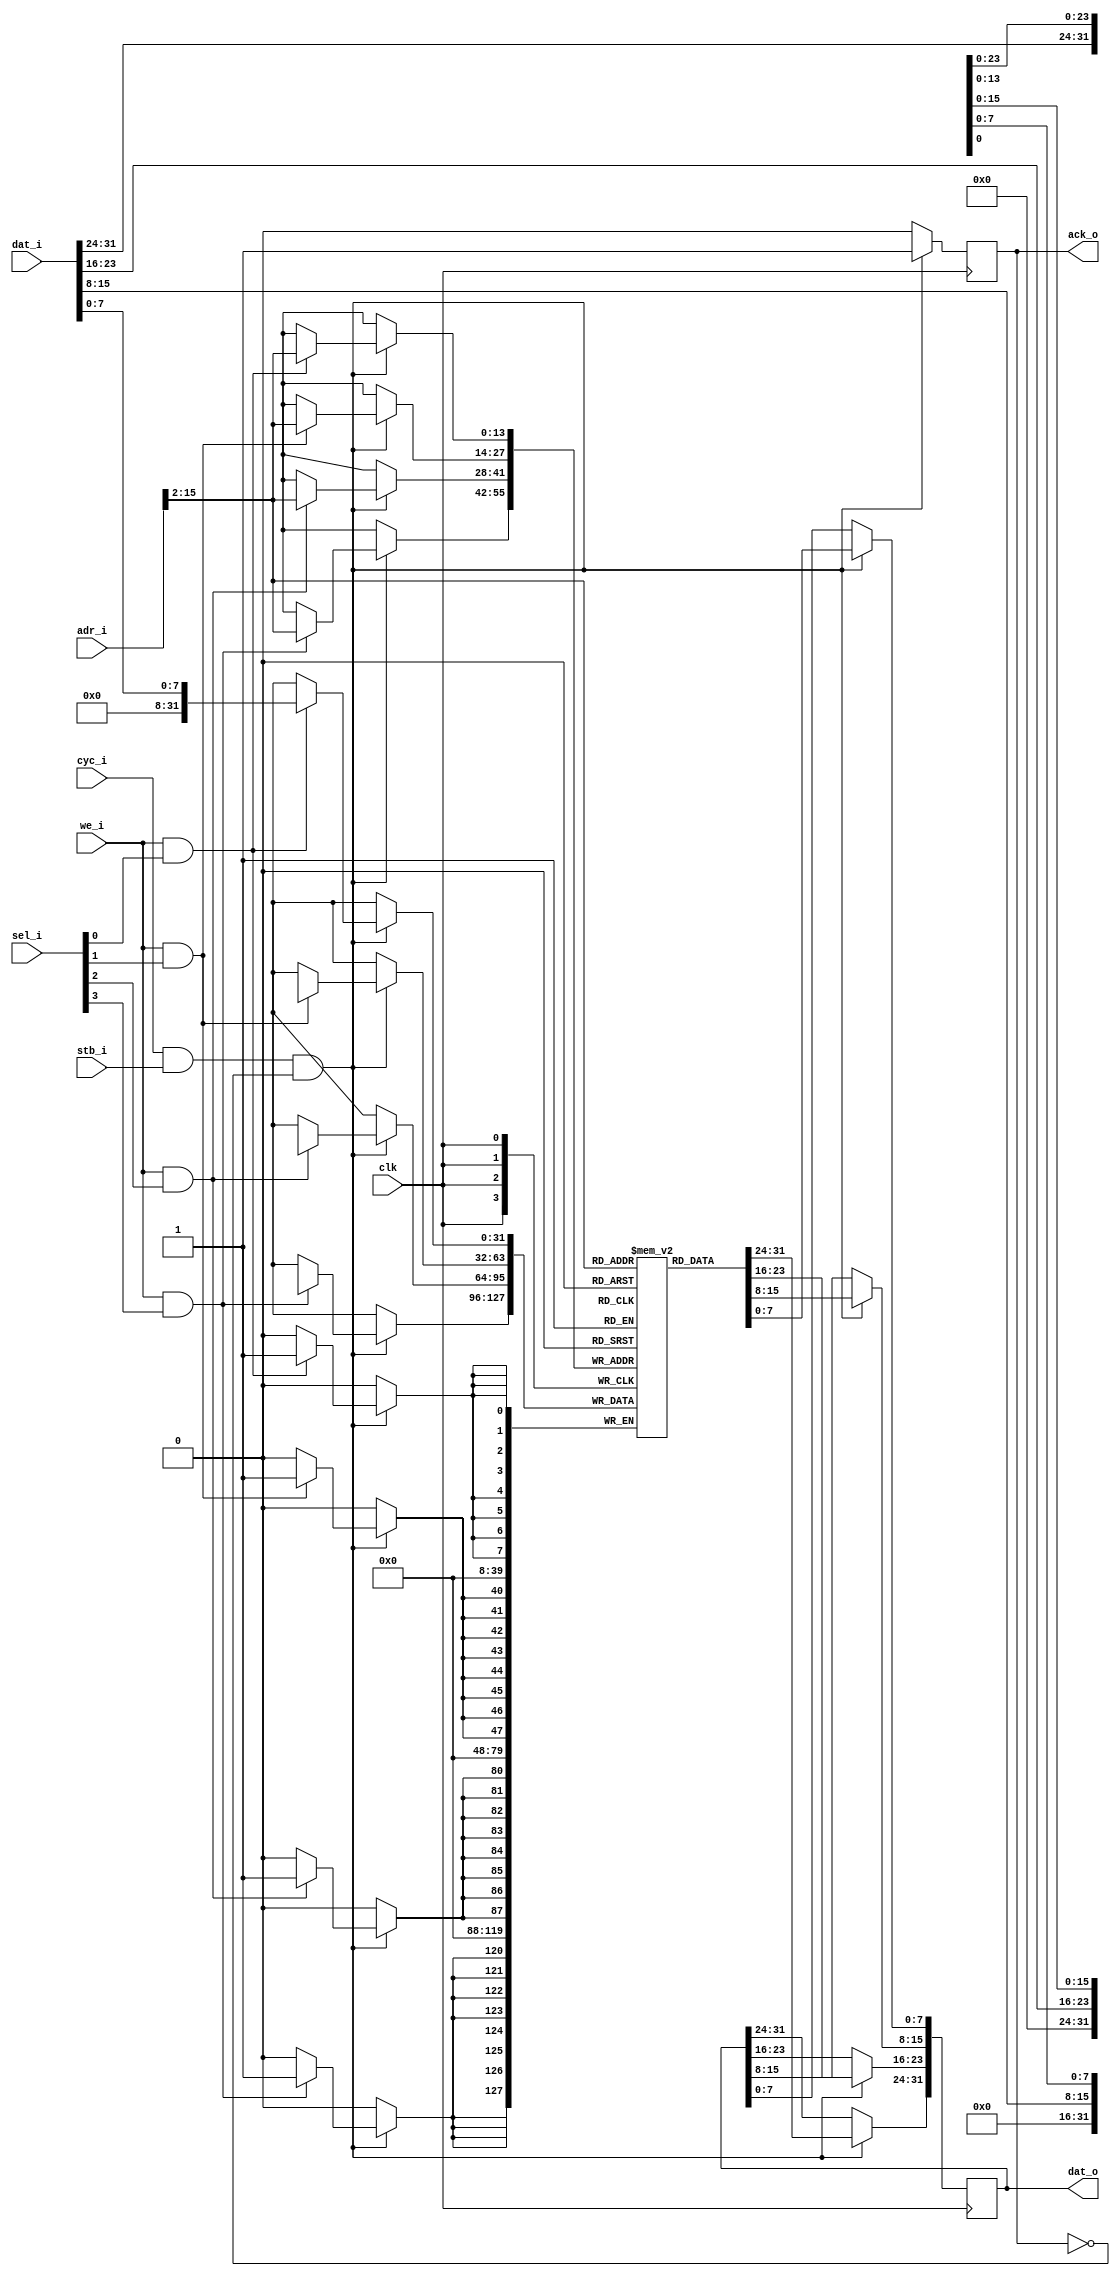
// This program was cloned from: https://github.com/alexforencich/xfcp
// License: MIT License

/*

Copyright (c) 2015-2016 Alex Forencich

Permission is hereby granted, free of charge, to any person obtaining a copy
of this software and associated documentation files (the "Software"), to deal
in the Software without restriction, including without limitation the rights
to use, copy, modify, merge, publish, distribute, sublicense, and/or sell
copies of the Software, and to permit persons to whom the Software is
furnished to do so, subject to the following conditions:

The above copyright notice and this permission notice shall be included in
all copies or substantial portions of the Software.

THE SOFTWARE IS PROVIDED "AS IS", WITHOUT WARRANTY OF ANY KIND, EXPRESS OR
IMPLIED, INCLUDING BUT NOT LIMITED TO THE WARRANTIES OF MERCHANTABILITY
FITNESS FOR A PARTICULAR PURPOSE AND NONINFRINGEMENT. IN NO EVENT SHALL THE
AUTHORS OR COPYRIGHT HOLDERS BE LIABLE FOR ANY CLAIM, DAMAGES OR OTHER
LIABILITY, WHETHER IN AN ACTION OF CONTRACT, TORT OR OTHERWISE, ARISING FROM,
OUT OF OR IN CONNECTION WITH THE SOFTWARE OR THE USE OR OTHER DEALINGS IN
THE SOFTWARE.

*/

// Language: Verilog 2001

`timescale 1ns / 1ps

/*
 * Wishbone RAM
 */
module wb_ram #
(
    parameter DATA_WIDTH = 32,              // width of data bus in bits (8, 16, 32, or 64)
    parameter ADDR_WIDTH = 16,              // width of address bus in bits
    parameter SELECT_WIDTH = (DATA_WIDTH/8) // width of word select bus (1, 2, 4, or 8)
)
(
    input  wire                    clk,

    input  wire [ADDR_WIDTH-1:0]   adr_i,   // ADR_I() address
    input  wire [DATA_WIDTH-1:0]   dat_i,   // DAT_I() data in
    output wire [DATA_WIDTH-1:0]   dat_o,   // DAT_O() data out
    input  wire                    we_i,    // WE_I write enable input
    input  wire [SELECT_WIDTH-1:0] sel_i,   // SEL_I() select input
    input  wire                    stb_i,   // STB_I strobe input
    output wire                    ack_o,   // ACK_O acknowledge output
    input  wire                    cyc_i    // CYC_I cycle input
);

// for interfaces that are more than one word wide, disable address lines
parameter VALID_ADDR_WIDTH = ADDR_WIDTH - $clog2(SELECT_WIDTH);
// width of data port in words (1, 2, 4, or 8)
parameter WORD_WIDTH = SELECT_WIDTH;
// size of words (8, 16, 32, or 64 bits)
parameter WORD_SIZE = DATA_WIDTH/WORD_WIDTH;

reg [DATA_WIDTH-1:0] dat_o_reg = {DATA_WIDTH{1'b0}};
reg ack_o_reg = 1'b0;

// (* RAM_STYLE="BLOCK" *)
reg [DATA_WIDTH-1:0] mem[(2**VALID_ADDR_WIDTH)-1:0];

wire [VALID_ADDR_WIDTH-1:0] adr_i_valid = adr_i >> (ADDR_WIDTH - VALID_ADDR_WIDTH);

assign dat_o = dat_o_reg;
assign ack_o = ack_o_reg;

integer i, j;

initial begin
    // two nested loops for smaller number of iterations per loop
    // workaround for synthesizer complaints about large loop counts
    for (i = 0; i < 2**VALID_ADDR_WIDTH; i = i + 2**(VALID_ADDR_WIDTH/2)) begin
        for (j = i; j < i + 2**(VALID_ADDR_WIDTH/2); j = j + 1) begin
            mem[j] = 0;
        end
    end
end

always @(posedge clk) begin
    ack_o_reg <= 1'b0;
    for (i = 0; i < WORD_WIDTH; i = i + 1) begin
        if (cyc_i & stb_i & ~ack_o) begin
            if (we_i & sel_i[i]) begin
                mem[adr_i_valid][WORD_SIZE*i +: WORD_SIZE] <= dat_i[WORD_SIZE*i +: WORD_SIZE];
            end
            dat_o_reg[WORD_SIZE*i +: WORD_SIZE] <= mem[adr_i_valid][WORD_SIZE*i +: WORD_SIZE];
            ack_o_reg <= 1'b1;
        end
    end
end

endmodule